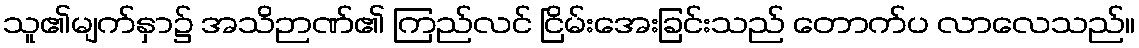
သူ၏မျက်နှာ၌ အသိဉာဏ်၏ ကြည်လင် ငြိမ်းအေးခြင်းသည် တောက်ပ လာလေသည်။